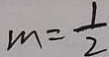
m = \frac { 1 } { 2 }